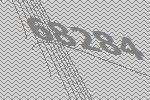
68284